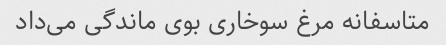
متاسفانه مرغ سوخاری بوی ماندگی می‌داد